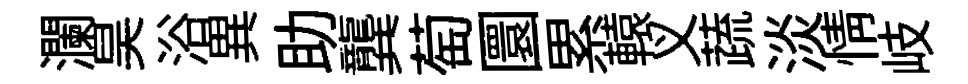
瀾昊浴異助龔萄圜累轅义蔬淡情岐